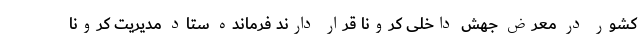
کشور در معرض جهش داخلی کرونا قرار دارند فرمانده ستاد مدیریت کرونا